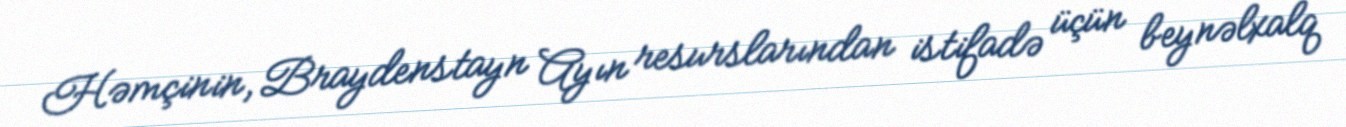
Həmçinin, Braydenstayn Ayın resurslarından istifadə üçün beynəlxalq